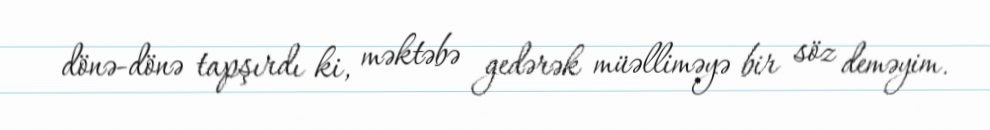
dönə-dönə tapşırdı ki, məktəbə gedərək müəlliməyə bir söz deməyim.